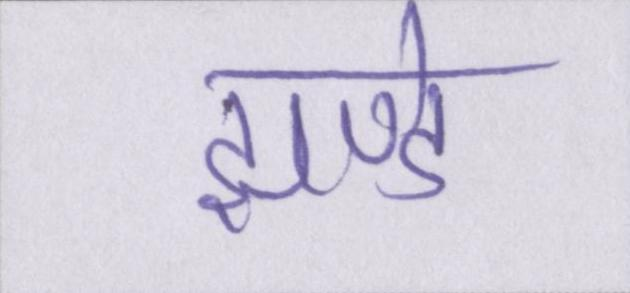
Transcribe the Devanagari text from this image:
झण्डे